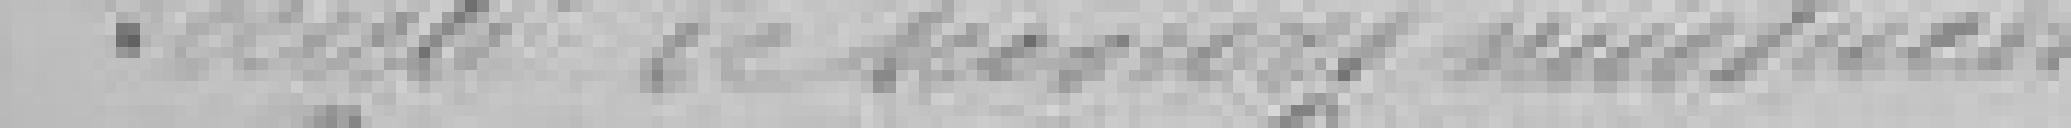
Société de secours mutuel